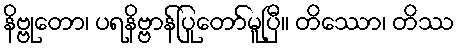
နိဗ္ဗုတော၊ ပရနိဗ္ဗာန်ပြုတော်မူပြီ။ တိဿော၊ တိဿ